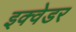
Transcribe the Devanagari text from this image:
इक्वेडर